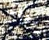
الوعد